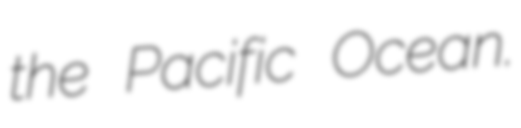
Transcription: the Pacific Ocean.